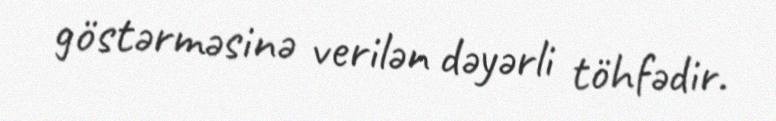
göstərməsinə verilən dəyərli töhfədir.